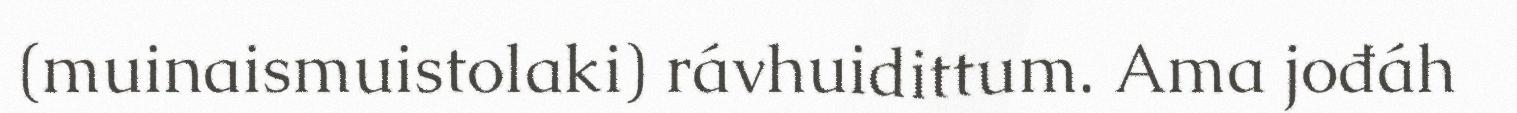
(muinaismuistolaki) rávhuidittum. Ama jođáh